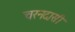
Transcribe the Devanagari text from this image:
चरनदासी